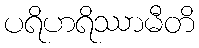
ပရိဟရိဿာမီတိ